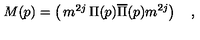
M ( p ) = \left( \begin{matrix} { m ^ { 2 j } } & { \Pi ( p ) } \\ { \overline { \Pi } ( p ) } & { m ^ { 2 j } } \\ \end{matrix} \right) \quad ,